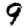
Digit: 9